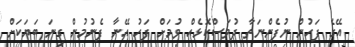
އޭގެ ފަހުން ނުފެންނަތާ ދުވަސްކޮޅެއް ވުމަށް ފަހު އޭނާ ފެނުމުން ގިނަ ބަޔަކަށް